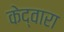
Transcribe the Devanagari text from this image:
केद्वारा